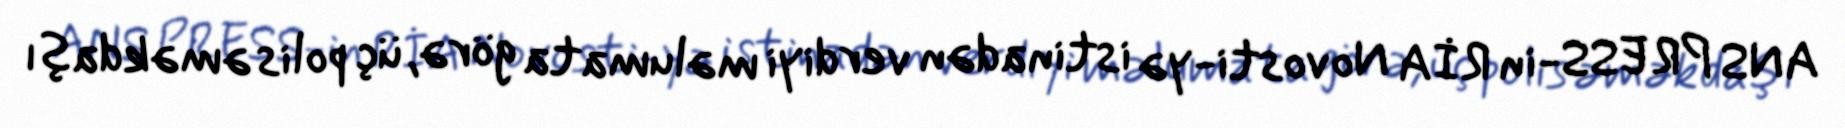
ANS PRESS-in RİA Novosti-yə istinadən verdiyi məlumata görə, üç polis əməkdaşı